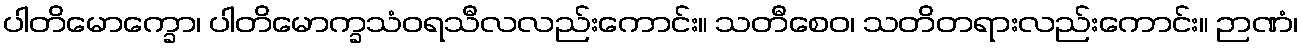
ပါတိမောက္ခော၊ ပါတိမောက္ခသံဝရသီလလည်းကောင်း။ သတီစေဝ၊ သတိတရားလည်းကောင်း။ ဉာဏံ၊